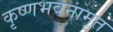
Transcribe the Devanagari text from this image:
कृष्णभवनामृत